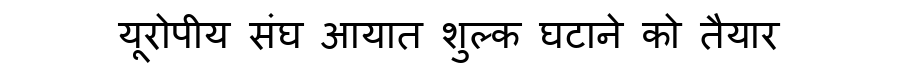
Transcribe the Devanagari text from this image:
यूरोपीय संघ आयात शुल्क घटाने को तैयार